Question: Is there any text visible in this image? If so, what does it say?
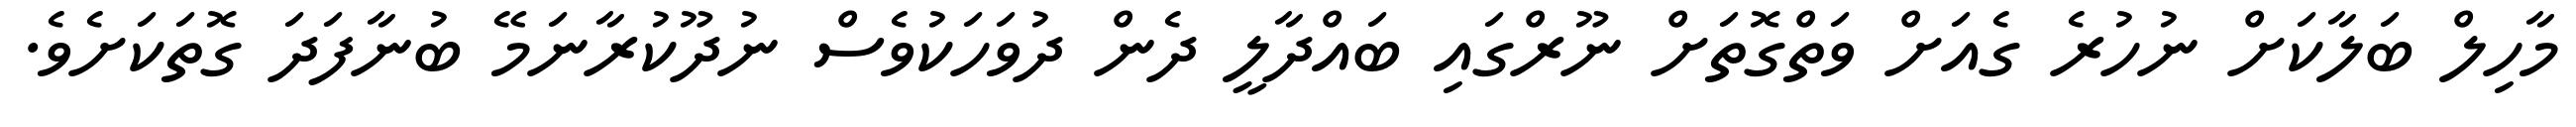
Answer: މާހިލް ބަލާކަށް ނުހުރެ ގެއަށް ވަތްގޮތަށް ނޫރްގައި ބައްދާލީ ދެން ދުވަހަކުވެސް ނުދޫކުރާނަމޭ ބުނާފަދަ ގޮތަކަށެވެ.